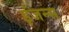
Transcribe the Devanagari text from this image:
इंजन्स